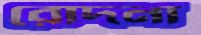
রোদনা